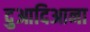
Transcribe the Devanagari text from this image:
दुआदिआना